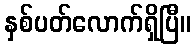
နှစ်ပတ်လောက်ရှိပြီ။